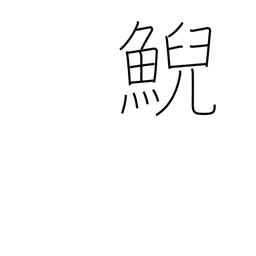
Meaning: female whale